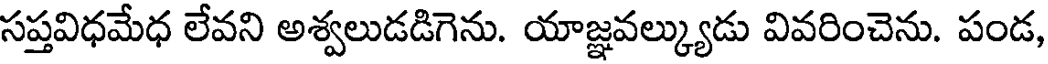
సప్తవిధమేధ లేవని అశ్వలుడడిగెను. యాజ్ఞవల్క్యుడు వివరించెను. పండ,